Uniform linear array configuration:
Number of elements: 12
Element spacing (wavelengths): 0.5
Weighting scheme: cosine
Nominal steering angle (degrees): -60
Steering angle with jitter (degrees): -61.593
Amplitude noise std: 0.05
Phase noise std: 0.05

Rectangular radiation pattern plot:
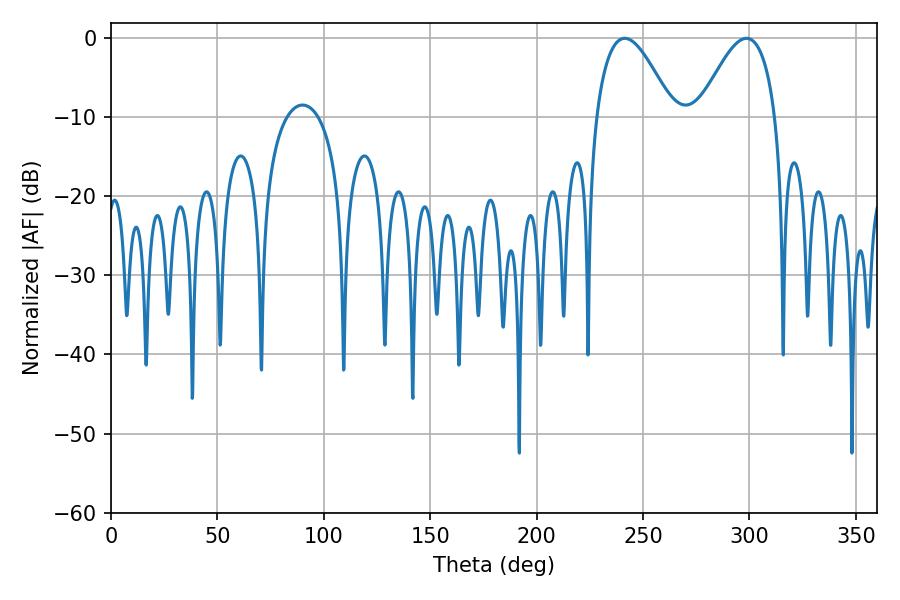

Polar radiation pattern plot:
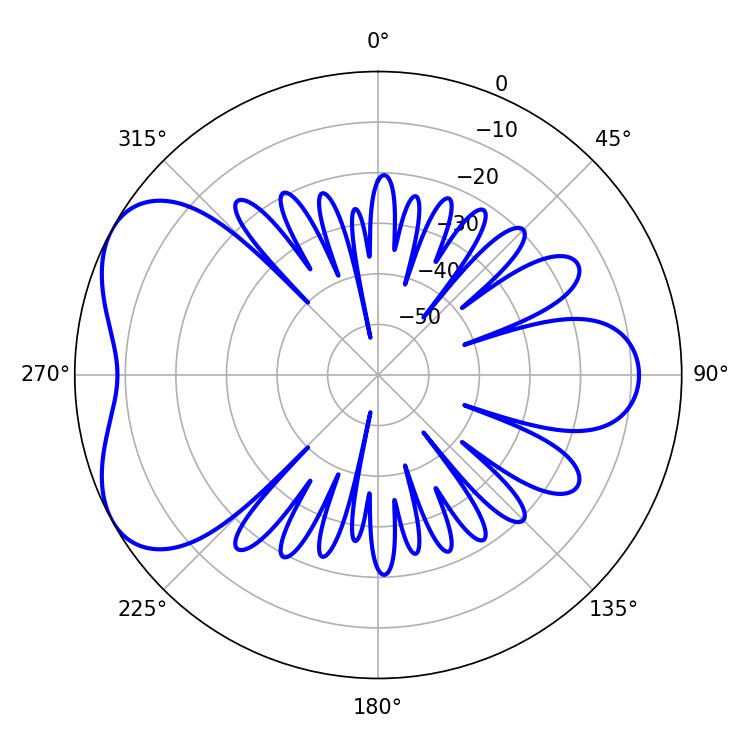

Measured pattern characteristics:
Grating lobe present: FALSE
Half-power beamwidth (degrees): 19.44
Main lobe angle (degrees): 241.38